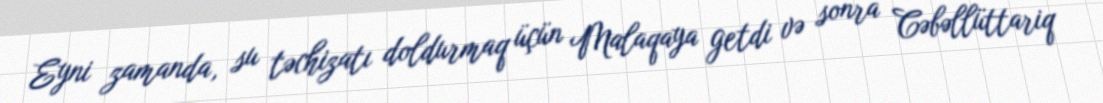
Eyni zamanda, su təchizatı doldurmaq üçün Malaqaya getdi və sonra Cəbəllüttariq